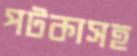
পটকাসহ